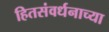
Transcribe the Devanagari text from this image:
हितसंवर्धनाच्या